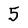
Character: 5